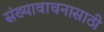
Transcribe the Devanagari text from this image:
संख्यावाचनासाठी